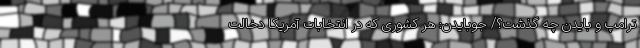
ترامپ و بایدن چه گذشت؟/ جوبایدن: هر کشوری که در انتخابات آمریکا دخالت